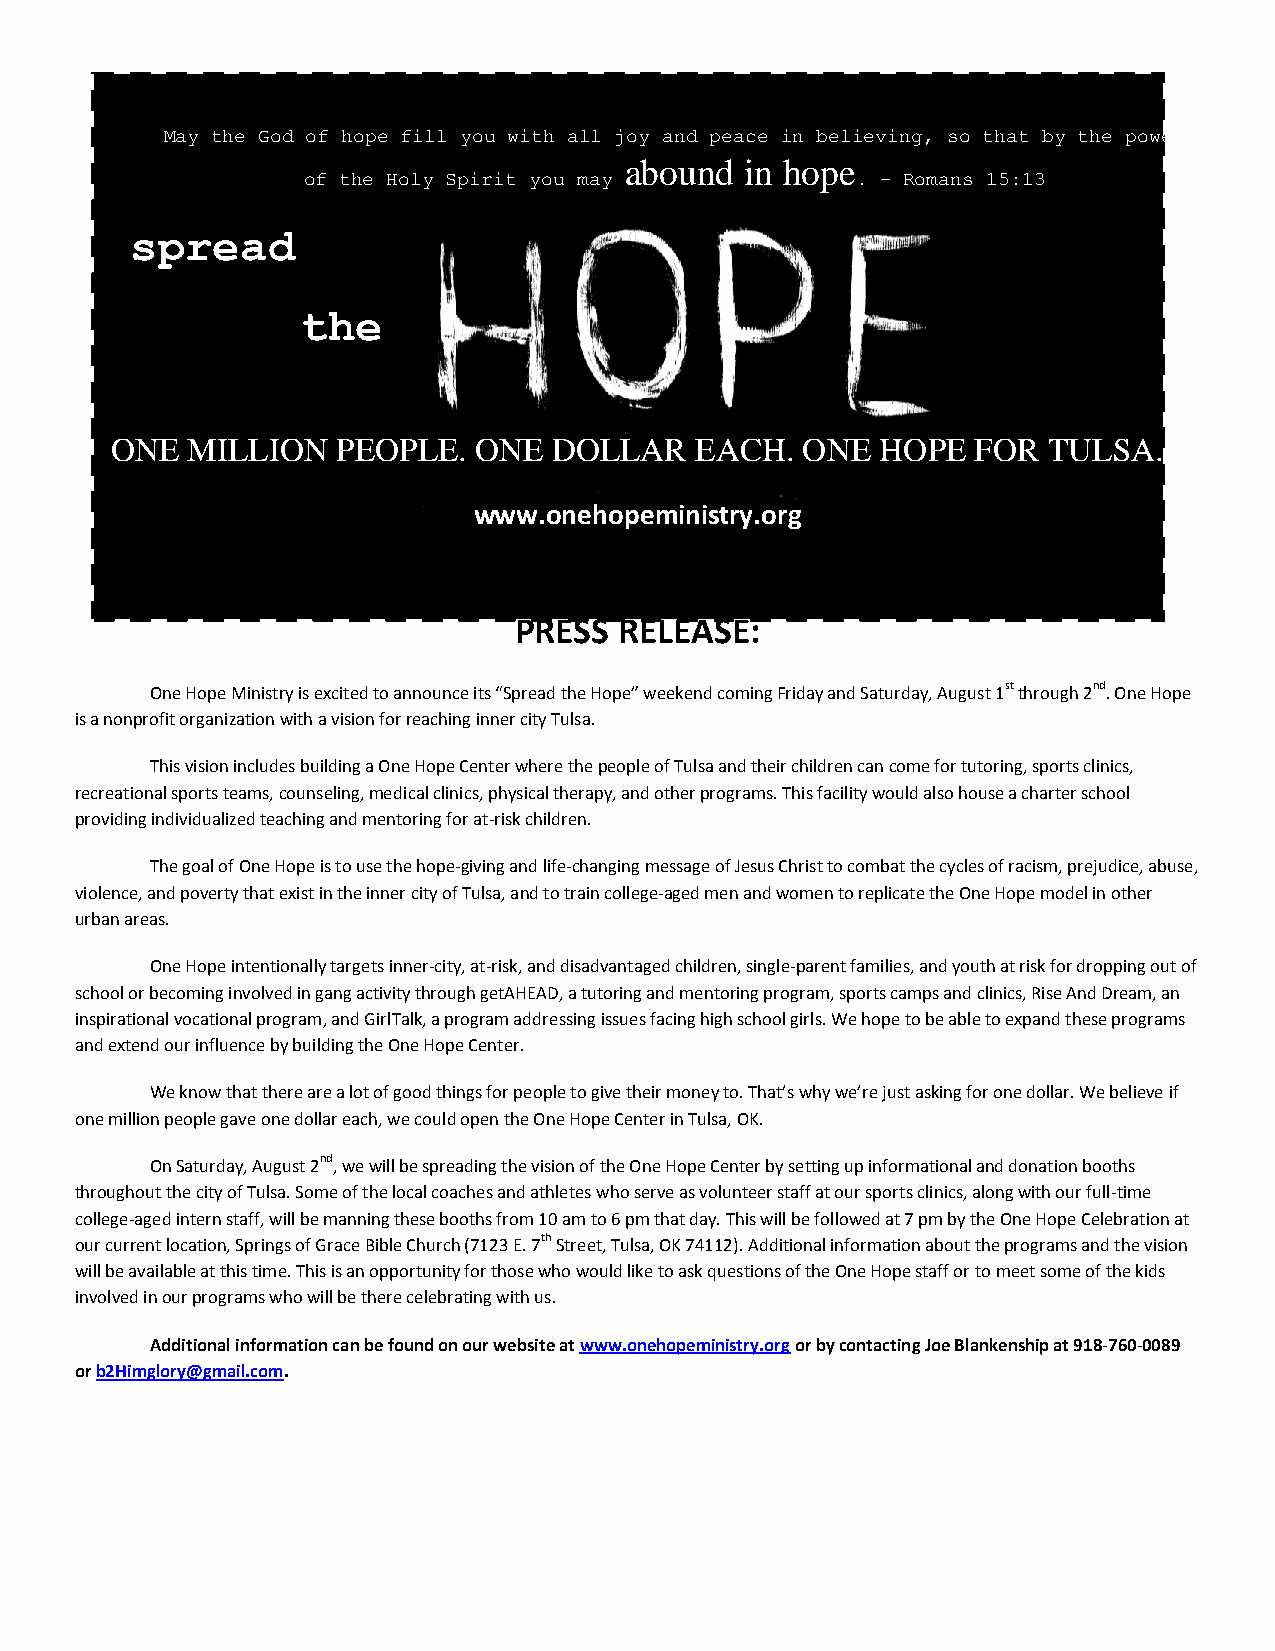
May the God of hope fill you with all joy and peace in believing, so that by the power
 abound  in hope
 of the Holy Spirit you may           . – Romans 15:13
 spread
 the
 ONE  MILLION   PEOPLE.  ONE   DOLLAR   EACH.  ONE  HOPE   FOR TULSA.
 www.onehopeministry.org
 PRESS  RELEASE:
 One Hope Ministry is excited to announce its “Spread the Hope” weekend coming Friday and Saturday, August 1st through 2nd. One Hope
 is a nonprofit organization with a vision for reaching inner city Tulsa.
 This vision includes building a One Hope Center where the people of Tulsa and their children can come for tutoring, sports clinics,
 recreational sports teams, counseling, medical clinics, physical therapy, and other programs. This facility would also house a charter school
 providing individualized teaching and mentoring for at-risk children.
 The goal of One Hope is to use the hope-giving and life-changing message of Jesus Christ to combat the cycles of racism, prejudice, abuse,
 violence, and poverty that exist in the inner city of Tulsa, and to train college-aged men and women to replicate the One Hope model in other
 urban areas.
 One Hope intentionally targets inner-city, at-risk, and disadvantaged children, single-parent families, and youth at risk for dropping out of
 school or becoming involved in gang activity through getAHEAD, a tutoring and mentoring program, sports camps and clinics, Rise And Dream, an
 inspirational vocational program, and GirlTalk, a program addressing issues facing high school girls. We hope to be able to expand these programs
 and extend our influence by building the One Hope Center.
 We know that there are a lot of good things for people to give their money to. That’s why we’re just asking for one dollar. We believe if
 one million people gave one dollar each, we could open the One Hope Center in Tulsa, OK.
 On Saturday, August 2nd, we will be spreading the vision of the One Hope Center by setting up informational and donation booths
 throughout the city of Tulsa. Some of the local coaches and athletes who serve as volunteer staff at our sports clinics, along with our full-time
 college-aged intern staff, will be manning these booths from 10 am to 6 pm that day. This will be followed at 7 pm by the One Hope Celebration at
 our current location, Springs of Grace Bible Church (7123 E. 7th Street, Tulsa, OK 74112). Additional information about the programs and the vision
 will be available at this time. This is an opportunity for those who would like to ask questions of the One Hope staff or to meet some of the kids
 involved in our programs who will be there celebrating with us.
 Additional information can be found on our website at www.onehopeministry.org or by contacting Joe Blankenship at 918-760-0089
 or b2Himglory@gmail.com.